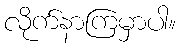
လိုက်နာကြမှာပါ။